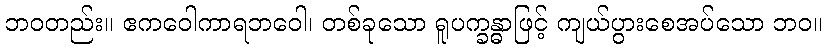
ဘဝတည်း။ ဧကဝေါကာရဘဝေါ၊ တစ်ခုသော ရူပက္ခန္ဓာဖြင့် ကျယ်ပွားစေအပ်သော ဘဝ။